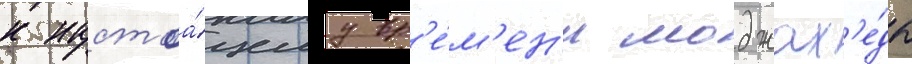
к настоа́щему вр'е́м'ен'и моджах'е́ды